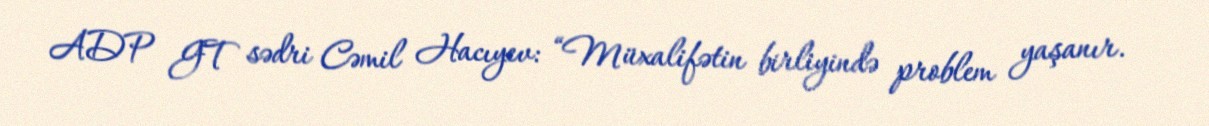
ADP GT sədri Cəmil Hacıyev: “Müxalifətin birliyində problem yaşanır.